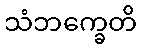
သံဘက္ခေတိ